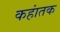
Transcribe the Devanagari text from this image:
कहांतक